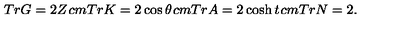
T r G = 2 Z \hspace * { 1 c m } T r K = 2 \cos { \theta } \hspace * { 1 c m } T r A = 2 \cosh { t } \hspace * { 1 c m } T r N = 2 .